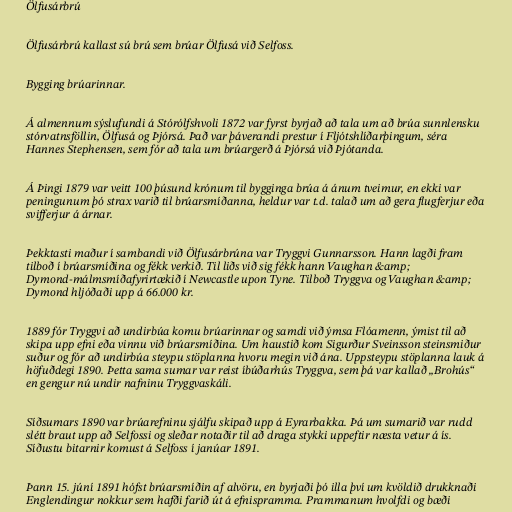
Ölfusárbrú

Ölfusárbrú kallast sú brú sem brúar Ölfusá við Selfoss.

Bygging brúarinnar.

Á almennum sýslufundi á Stórólfshvoli 1872 var fyrst byrjað að tala um að brúa sunnlensku
stórvatnsföllin, Ölfusá og Þjórsá. Það var þáverandi prestur í Fljótshlíðarþingum, séra
Hannes Stephensen, sem fór að tala um brúargerð á Þjórsá við Þjótanda.

Á Þingi 1879 var veitt 100 þúsund krónum til bygginga brúa á ánum tveimur, en ekki var
peningunum þó strax varið til brúarsmíðanna, heldur var t.d. talað um að gera flugferjur eða
svifferjur á árnar.

Þekktasti maður í sambandi við Ölfusárbrúna var Tryggvi Gunnarsson. Hann lagði fram
tilboð í brúarsmíðina og fékk verkið. Til liðs við sig fékk hann Vaughan &amp;
Dymond-málmsmíðafyrirtækið í Newcastle upon Tyne. Tilboð Tryggva og Vaughan &amp;
Dymond hljóðaði upp á 66.000 kr.

1889 fór Tryggvi að undirbúa komu brúarinnar og samdi við ýmsa Flóamenn, ýmist til að
skipa upp efni eða vinnu við brúarsmíðina. Um haustið kom Sigurður Sveinsson steinsmiður
suður og fór að undirbúa steypu stöplanna hvoru megin við ána. Uppsteypu stöplanna lauk á
höfuðdegi 1890. Þetta sama sumar var reist íbúðarhús Tryggva, sem þá var kallað „Brohús“
en gengur nú undir nafninu Tryggvaskáli.

Síðsumars 1890 var brúarefninu sjálfu skipað upp á Eyrarbakka. Þá um sumarið var rudd
slétt braut upp að Selfossi og sleðar notaðir til að draga stykki uppeftir næsta vetur á ís.
Síðustu bitarnir komust á Selfoss í janúar 1891.

Þann 15. júní 1891 hófst brúarsmíðin af alvöru, en byrjaði þó illa því um kvöldið drukknaði
Englendingur nokkur sem hafði farið út á efnispramma. Prammanum hvolfdi og bæði